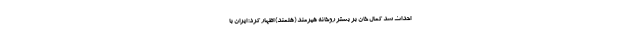
احداث سد کمال خان بر بستر روخانه هیرمند (هلمند) اظهار کرد: ایران با